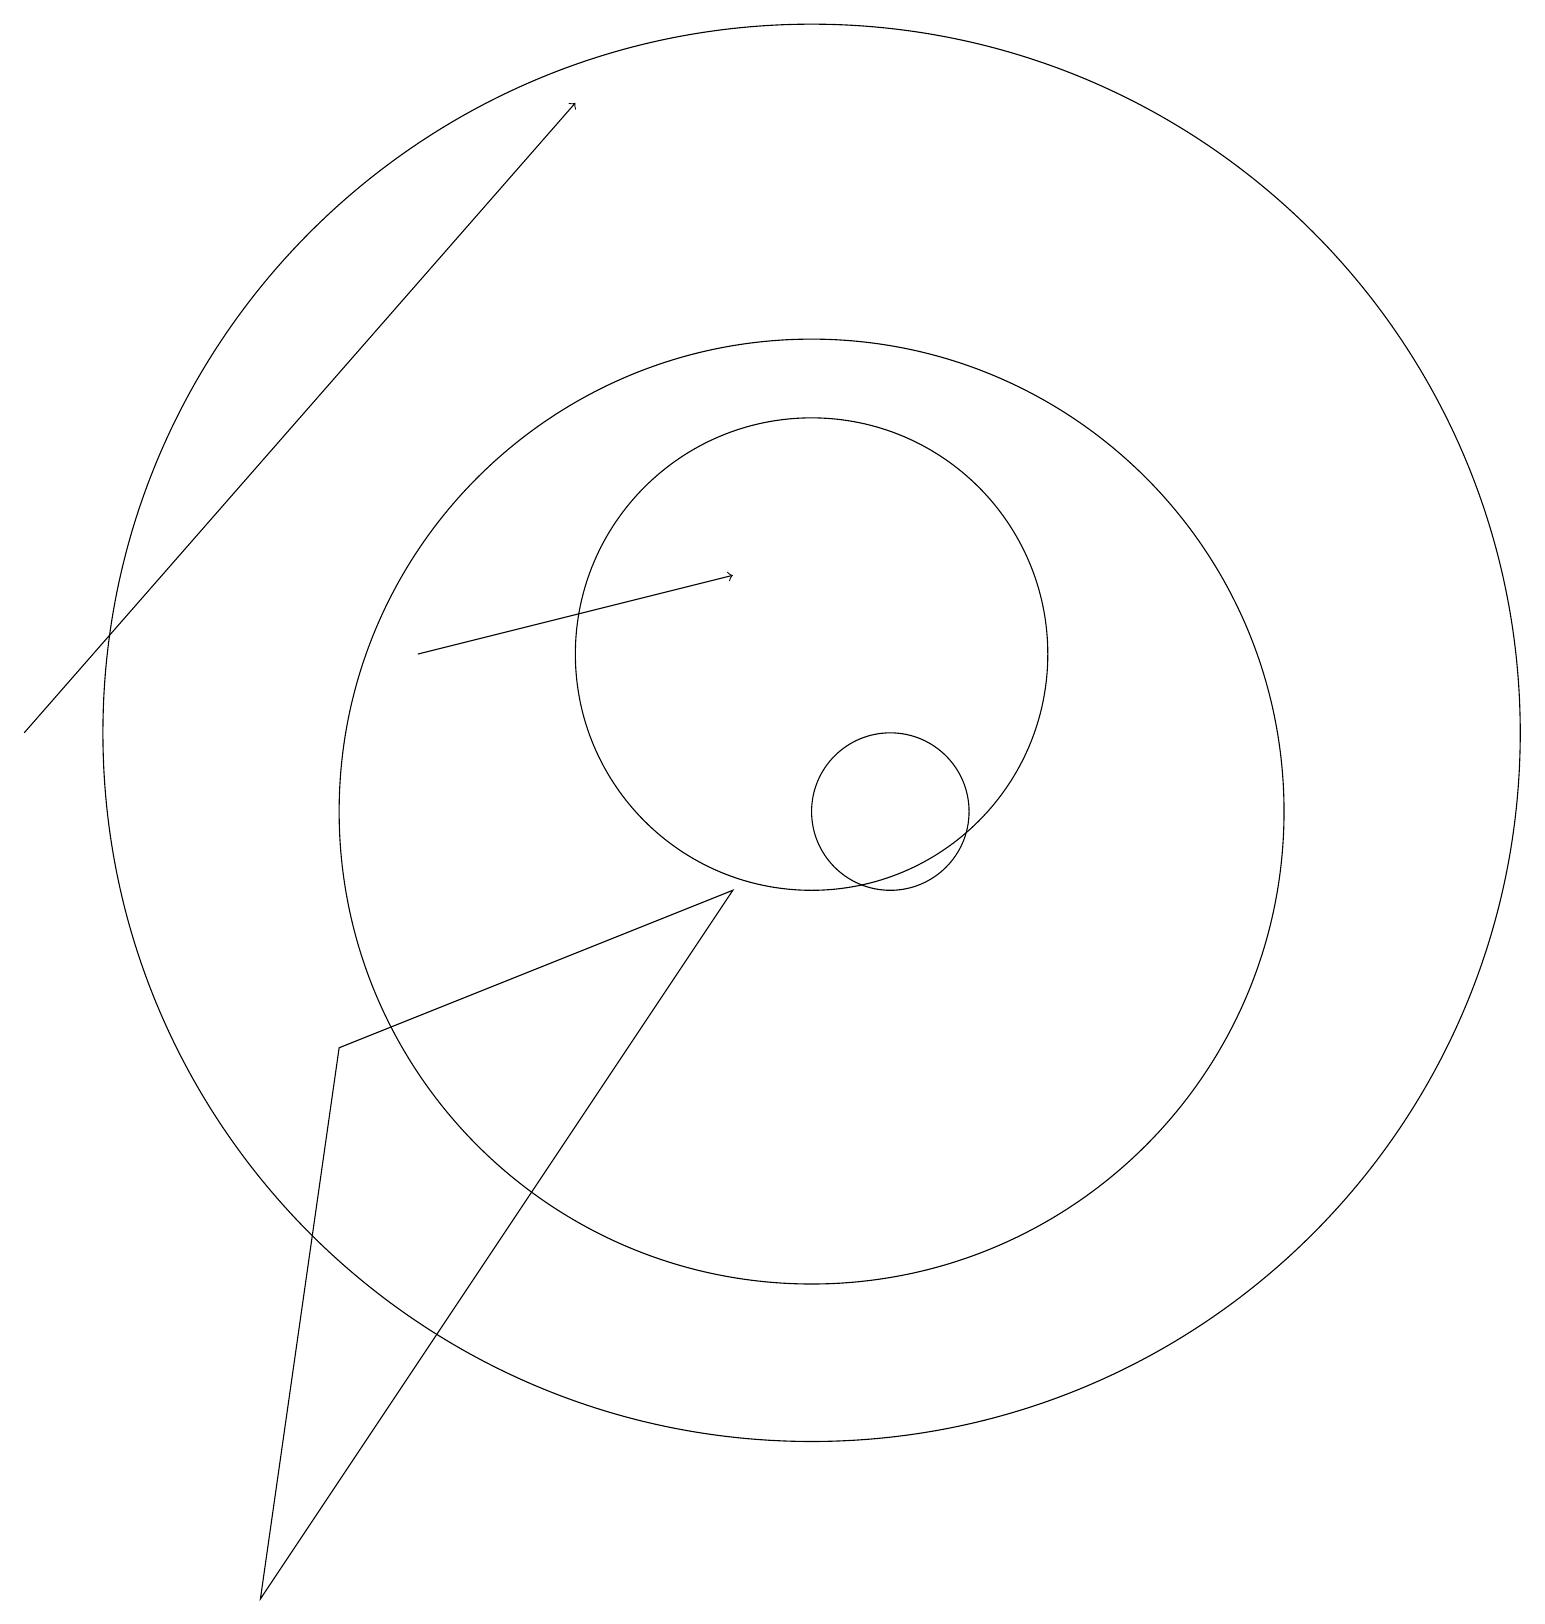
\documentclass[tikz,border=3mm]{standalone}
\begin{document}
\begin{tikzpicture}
\draw (10,10) circle (6);
\draw[->] (0,11) -- (7,19);
\draw[->] (5,12) -- (9,13);
\draw (10,12) circle (3);
\draw (9,9) -- (3,0) -- (4,7) -- cycle;
\draw (10,11) circle (9);
\draw (11,10) circle (1);
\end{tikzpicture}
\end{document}